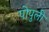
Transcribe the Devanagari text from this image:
पोपुली